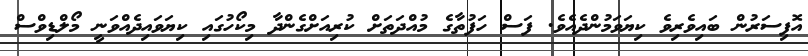
އޮފިސަރުން ބައިވެރިވެ ކިޔަވަމުންދެއެވެ. ފަސް ހަފުތާގެ މުއްދަތަށް ކުރިއަށްގެންދާ މިކޯހުގައި ކިޔަވައިދެއްވަނީ މޯލްޑިވްސް